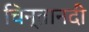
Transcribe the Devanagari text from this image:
चिन्तानदी